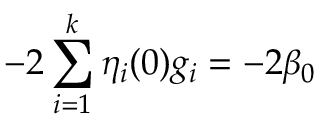
- 2 \sum _ { i = 1 } ^ { k } \eta _ { i } ( 0 ) g _ { i } = - 2 \beta _ { 0 }